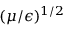
( \mu / \epsilon ) ^ { 1 / 2 }